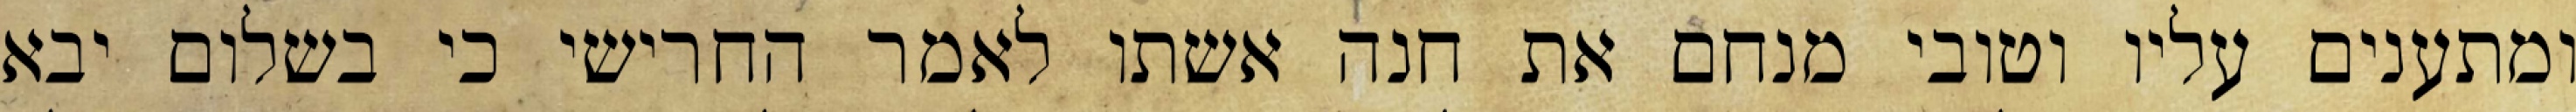
ומתענים עליו וטובי מנחם את חנה אשתו לאמר החרישי כי בשלום יבא